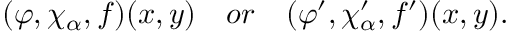
( \varphi , \chi _ { \alpha } , f ) ( x , y ) \quad o r \quad ( \varphi ^ { \prime } , \chi _ { \alpha } ^ { \prime } , f ^ { \prime } ) ( x , y ) .